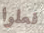
فعلوا